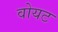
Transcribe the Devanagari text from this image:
वोयट